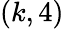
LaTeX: (k,4)